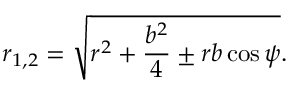
r _ { 1 , 2 } = \sqrt { r ^ { 2 } + \frac { b ^ { 2 } } { 4 } \pm r b \cos \psi } .